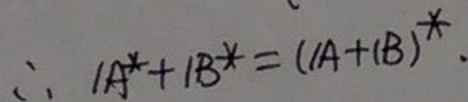
\(\therefore A^{\ast}+B^{\ast}=(A+B)^{\ast}.\)